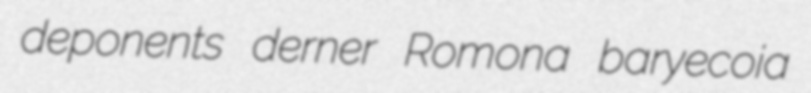
deponents derner Romona baryecoia